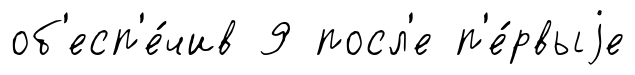
об'есп'е́чив 9 посл'е п'е́рвыjе